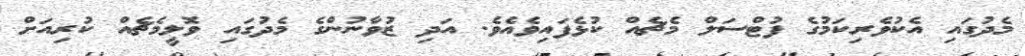
މެދުގައި އެކުވެރިކަމުގެ ފުޓްސަލް މެޗެއް ކުޅެފައިވެއެވެ. އަދި ޒުވާނުންގެ މެދުގައި ވޮލީމެޗެއް ކުރިއަށް